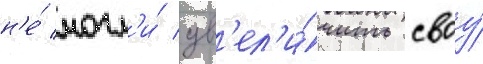
н'е́ могл'и́ ув'ел'и́чить своу́